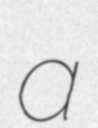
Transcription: a